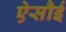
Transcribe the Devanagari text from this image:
ऐसौई